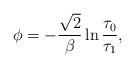
LaTeX: \begin{align*} \phi = - \frac{\sqrt{2}}{\beta}\ln \frac{\tau_0}{\tau_1},\end{align*}